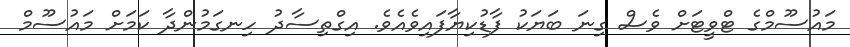
މައުސޫމްގެ ޓްވީޓަށް ވެސް ގިނަ ބަޔަކު ފާޑުކިޔާފައިވެއެވެ. އިގްތިސާދު ހިނގަމުންދާ ކަމަށް މައުސޫމް